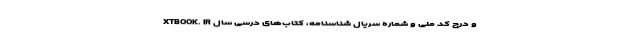
XTBOOK. IR و درج کد ملی و شماره سریال شناسنامه، کتاب‌های درسی سال